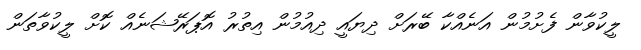
ލީކުވާން ފެށުމުން އަނެއްކާ ބޭރަށް ދިޔައީ ދިއުމުން އިތުރު އޮޕަރޭޝަނެއް ކޮށް ލީކުވާތަން